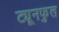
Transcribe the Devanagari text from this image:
ट्यूनफुल